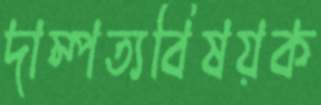
দাম্পত্যবিষয়ক